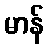
မာန်